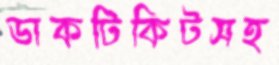
ডাকটিকিটসহ